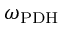
\omega _ { \mathrm { P D H } }